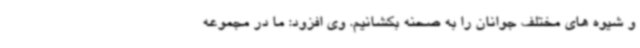
و شیوه های مختلف جوانان را به صحنه بکشانیم. وی افزود: ما در مجموعه